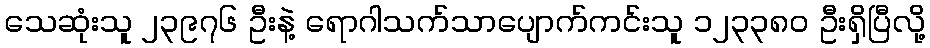
သေဆုံးသူ ၂၃၉၇၆ ဦးနဲ့ ရောဂါသက်သာပျောက်ကင်းသူ ၁၂၃၃၈၀ ဦးရှိပြီလို့